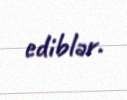
ediblər.